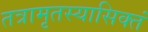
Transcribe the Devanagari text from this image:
तत्रामृतस्यासिक्तं